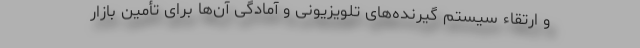
و ارتقاء سیستم گیرنده‌های تلویزیونی و آمادگی آن‌ها برای تأمین بازار